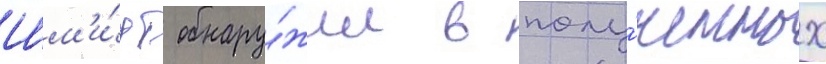
Шм'и́дт обнару́жил в полу́ченных